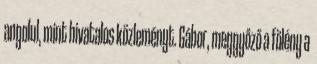
angolul, mint hivatalos közleményt. Gábor, meggyőző a fölény a